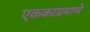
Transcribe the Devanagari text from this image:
एककाप्रमाणे